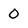
Character: 0